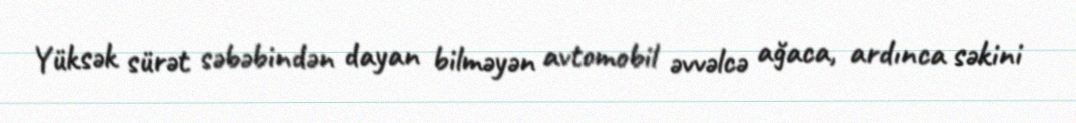
Yüksək sürət səbəbindən dayan bilməyən avtomobil əvvəlcə ağaca, ardınca səkini